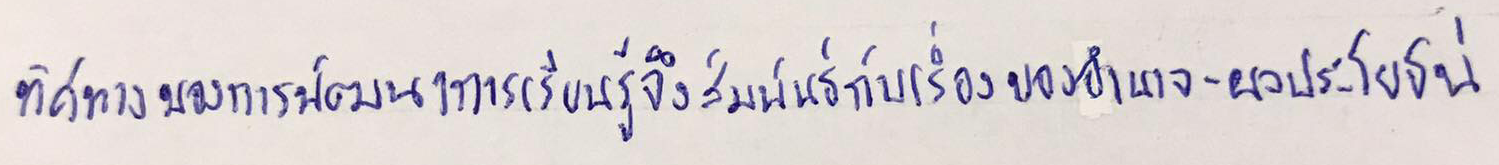
ทิศทางของการพัฒนาการเรียนรู้จึงสัมพันธ์กับเรื่องของอำนาจ-ผลประโยชน์